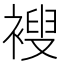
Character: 𫌆